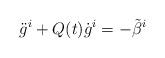
LaTeX: \begin{align*}{\ddot g}^i + Q(t){\dot g}^i = -{\tilde \beta}^i \end{align*}